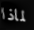
لماذا